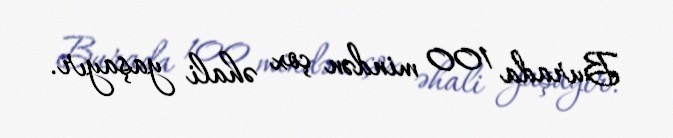
Burada 100 mindən çox əhali yaşayır.